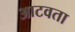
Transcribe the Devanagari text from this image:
आटवता